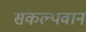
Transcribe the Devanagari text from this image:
संकल्पवान